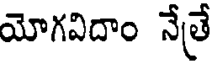
యోగవిదాం నేతే